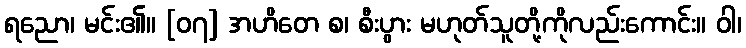
ရညော၊ မင်း၏။ [၀၇] အဟိတေ စ၊ စီးပွား မဟုတ်သူတို့ကိုလည်းကောင်း။ ဝါ၊